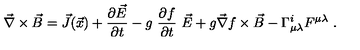
\vec { \nabla } \times \vec { B } = \vec { J } ( \vec { x } ) + \frac { \partial \vec { E } } { \partial t } - g \ \frac { \partial f } { \partial t } \ \vec { E } + g \vec { \nabla } f \times \vec { B } - \Gamma _ { \mu \lambda } ^ { i } F ^ { \mu \lambda } \ .